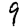
Digit: 9